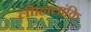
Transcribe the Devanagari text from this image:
ली।हालांकि